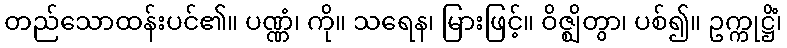
တည်သောထန်းပင်၏။ ပဏ္ဏံ၊ ကို။ သရေန၊ မြားဖြင့်။ ဝိဇ္ဈိတွာ၊ ပစ်၍။ ဥက္ကုဋ္ဌိံ၊